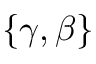
\{ \gamma , \beta \}